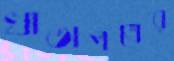
খাতাপত্রের